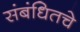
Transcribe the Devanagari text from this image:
संबंधितचे